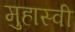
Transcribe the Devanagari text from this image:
मुहास्वी